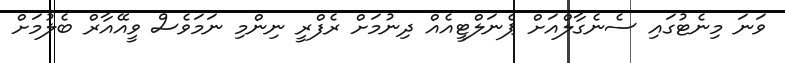
ވަނަ މިނެޓުގައި ސެނެގާލްއަށް ޕެނަލްޓީއެއް ދިނުމަށް ރެފްރީ ނިންމި ނަމަވެސް ވީއޭއާރް ބެލުމަށް